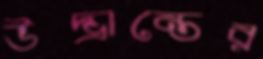
উদ্ভ্রান্তের